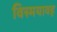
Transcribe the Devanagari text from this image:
विस्मयावह